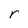
Character: r